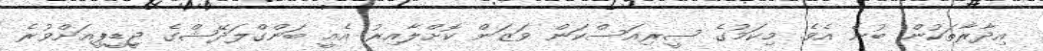
އިދާރާތަކުން ބުނެ އެވެ. މިކަމުގެ ސީރިއަސްކަން ވަޒަން ކޮށްލާއިރު އެއީ ބަންގްލަދޭޝްގެ ޖީޑީޕީއަށްވުރެ